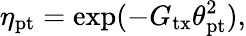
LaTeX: \eta_{\mathrm{pt}}=\exp(-G_{\mathrm{tx}}\theta_{\mathrm{pt}}^{2}),